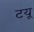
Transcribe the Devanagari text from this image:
टयू